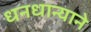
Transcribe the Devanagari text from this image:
धनधान्याने